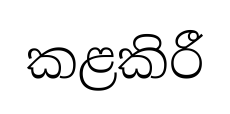
කළකිරී